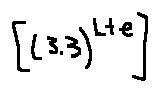
[ ( 3 . 3 ) ^ { L + e } ]